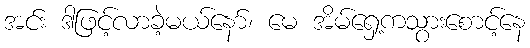
အင်း ဒါဖြင့်လာခဲ့မယ်နော်၊ မေ အိမ်ရှေ့ကသွားစောင့်နေ